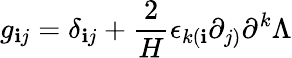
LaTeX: g_{\mathbf{i}j}=\delta_{\mathbf{i}j}+\frac{{2}}{{H}}\epsilon_{k(\mathbf{i}}\partial_{j)}\partial^{k}\Lambda